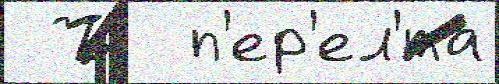
 Ъ  п'ер'ел'́та